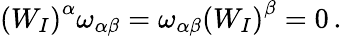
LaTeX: \begin{array}{r}{\left(W_{I}\right)^{\alpha}\omega_{\alpha\beta}=\omega_{\alpha\beta}\left(W_{I}\right)^{\beta}=0\, .}\end{array}